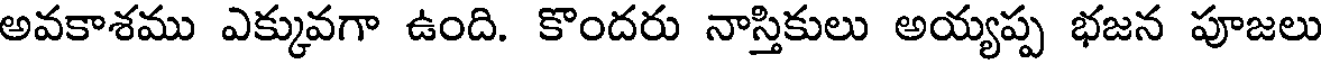
అవకాశము ఎక్కువగా ఉంది. కొందరు నాస్తికులు అయ్యప్ప భజన పూజలు